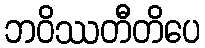
ဘဝိဿတီတိပေ